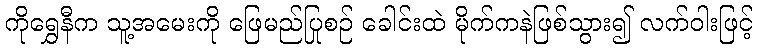
ကိုရွှေနီက သူ့အမေးကို ဖြေမည်ပြုစဉ် ခေါင်းထဲ မိုက်ကနဲဖြစ်သွား၍ လက်ဝါးဖြင့်